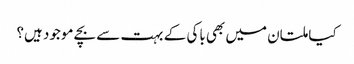
کیا ملتان میں بھی باکی کے بہت سے بچے موجود ہیں؟